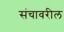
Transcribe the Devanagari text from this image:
संचावरील